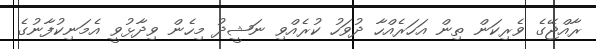
ރާއްޖޭގެ ވެރިކަން ތިން އަހަރެއްހާ ދުވަހު ކުރެއްވި ނަޝީދު މިހެން ވިދާޅުވީ އެމަނިކުފާނުގެ